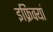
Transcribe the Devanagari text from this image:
इफ्रिक्यां